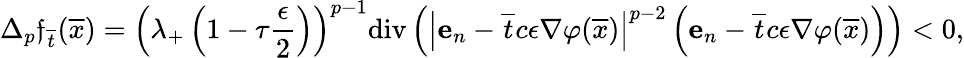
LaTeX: \Delta_{p}\mathfrak{f}_{\overline{{{t}}}}(\overline{{{x}}})=\left(\lambda_{+}\left(1-\tau\frac{{\epsilon}}{{2}}\right)\right)^{p-1}\mathrm{{div}}\left(\left|\textbf{{e}}_{n}-\overline{{{t}}}c\epsilon\nabla\varphi(\overline{{{x}}})\right|^{p-2}\left(\textbf{{e}}_{n}-\overline{{{t}}}c\epsilon\nabla\varphi(\overline{{{x}}})\right)\right)<0,